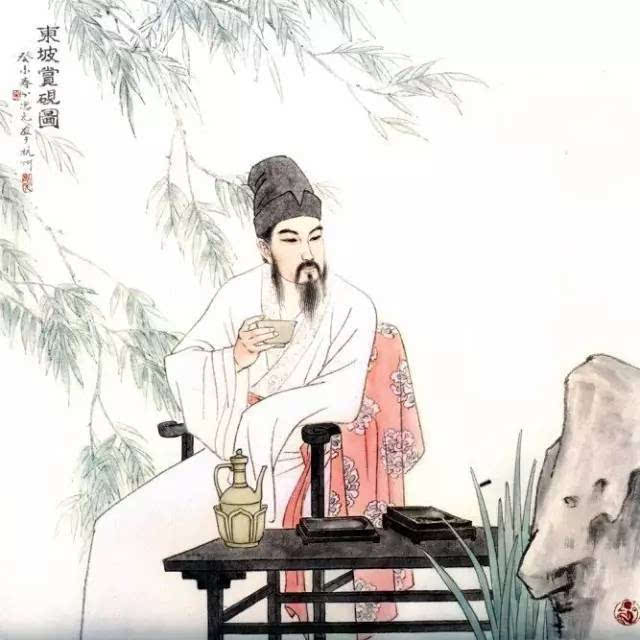
轮台东门送君去，去时雪满天山路。